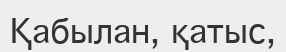
Қабылан, қатыс,